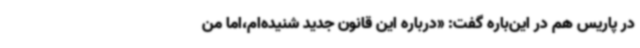
در پاریس هم در این‌باره گفت: «درباره این قانون جدید شنیده‌ام،اما من